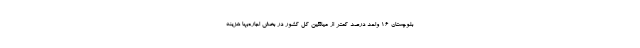
بلوچستان ١٦ واحد درصد کمتر از میانگین کل کشور در بخش اجاره‌بها هزینه